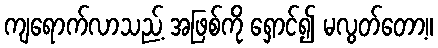
ကျရောက်လာသည့် အဖြစ်ကို ရှောင်၍ မလွတ်တော့။